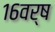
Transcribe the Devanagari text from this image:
१६वर्ष